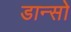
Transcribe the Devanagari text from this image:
डान्सो